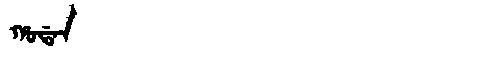
Manchu: ᡥᠣᡩᠠᠨ
Romanization: HODAN